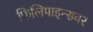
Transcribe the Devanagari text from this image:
फिलिपाइन्सवर